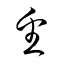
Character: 番